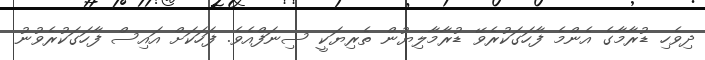
ދިވެހި ޑުރާމާގެ އެންމެ ފާހަގަކުރެވޭ ޑުރާމާލިޔުން ތެރިޔަކީ ސިނަފްއެވެ. ފަހަކަށް އައިސް ފާހަގަކުރެވުނު